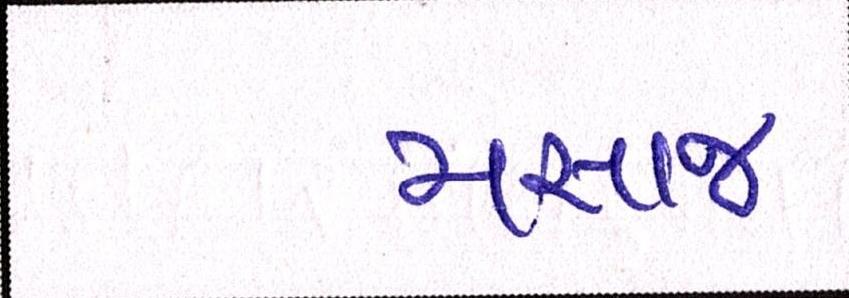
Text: મસાજ